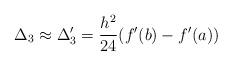
LaTeX: \begin{align*} \Delta_3 \approx \Delta_3' = \frac{h^2}{24} (f'(b)-f'(a))\end{align*}